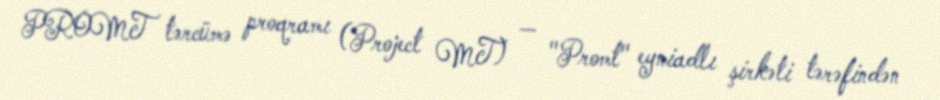
PROMT tərcümə proqramı (Project MT) — "Promt" eyniadlı şirkəti tərəfindən